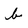
Character: b